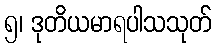
၅၊ ဒုတိယမာရပါသသုတ်